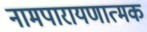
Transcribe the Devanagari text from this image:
नामपारायणात्मक